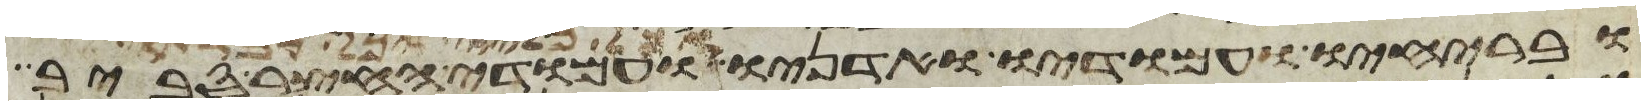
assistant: ובריחיו ועמודיו ואדניו ועמודי החצר סביב